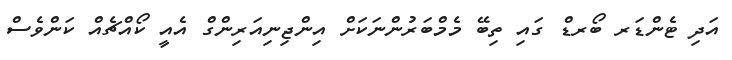
އަދި ޓެންޑަރ ބޯރޑް ގައި ތިބޭ މެމްބަރުންނަކަށް އިންޖިނިއަރިންގް އެއީ ކޯއްޗެއް ކަންވެސް